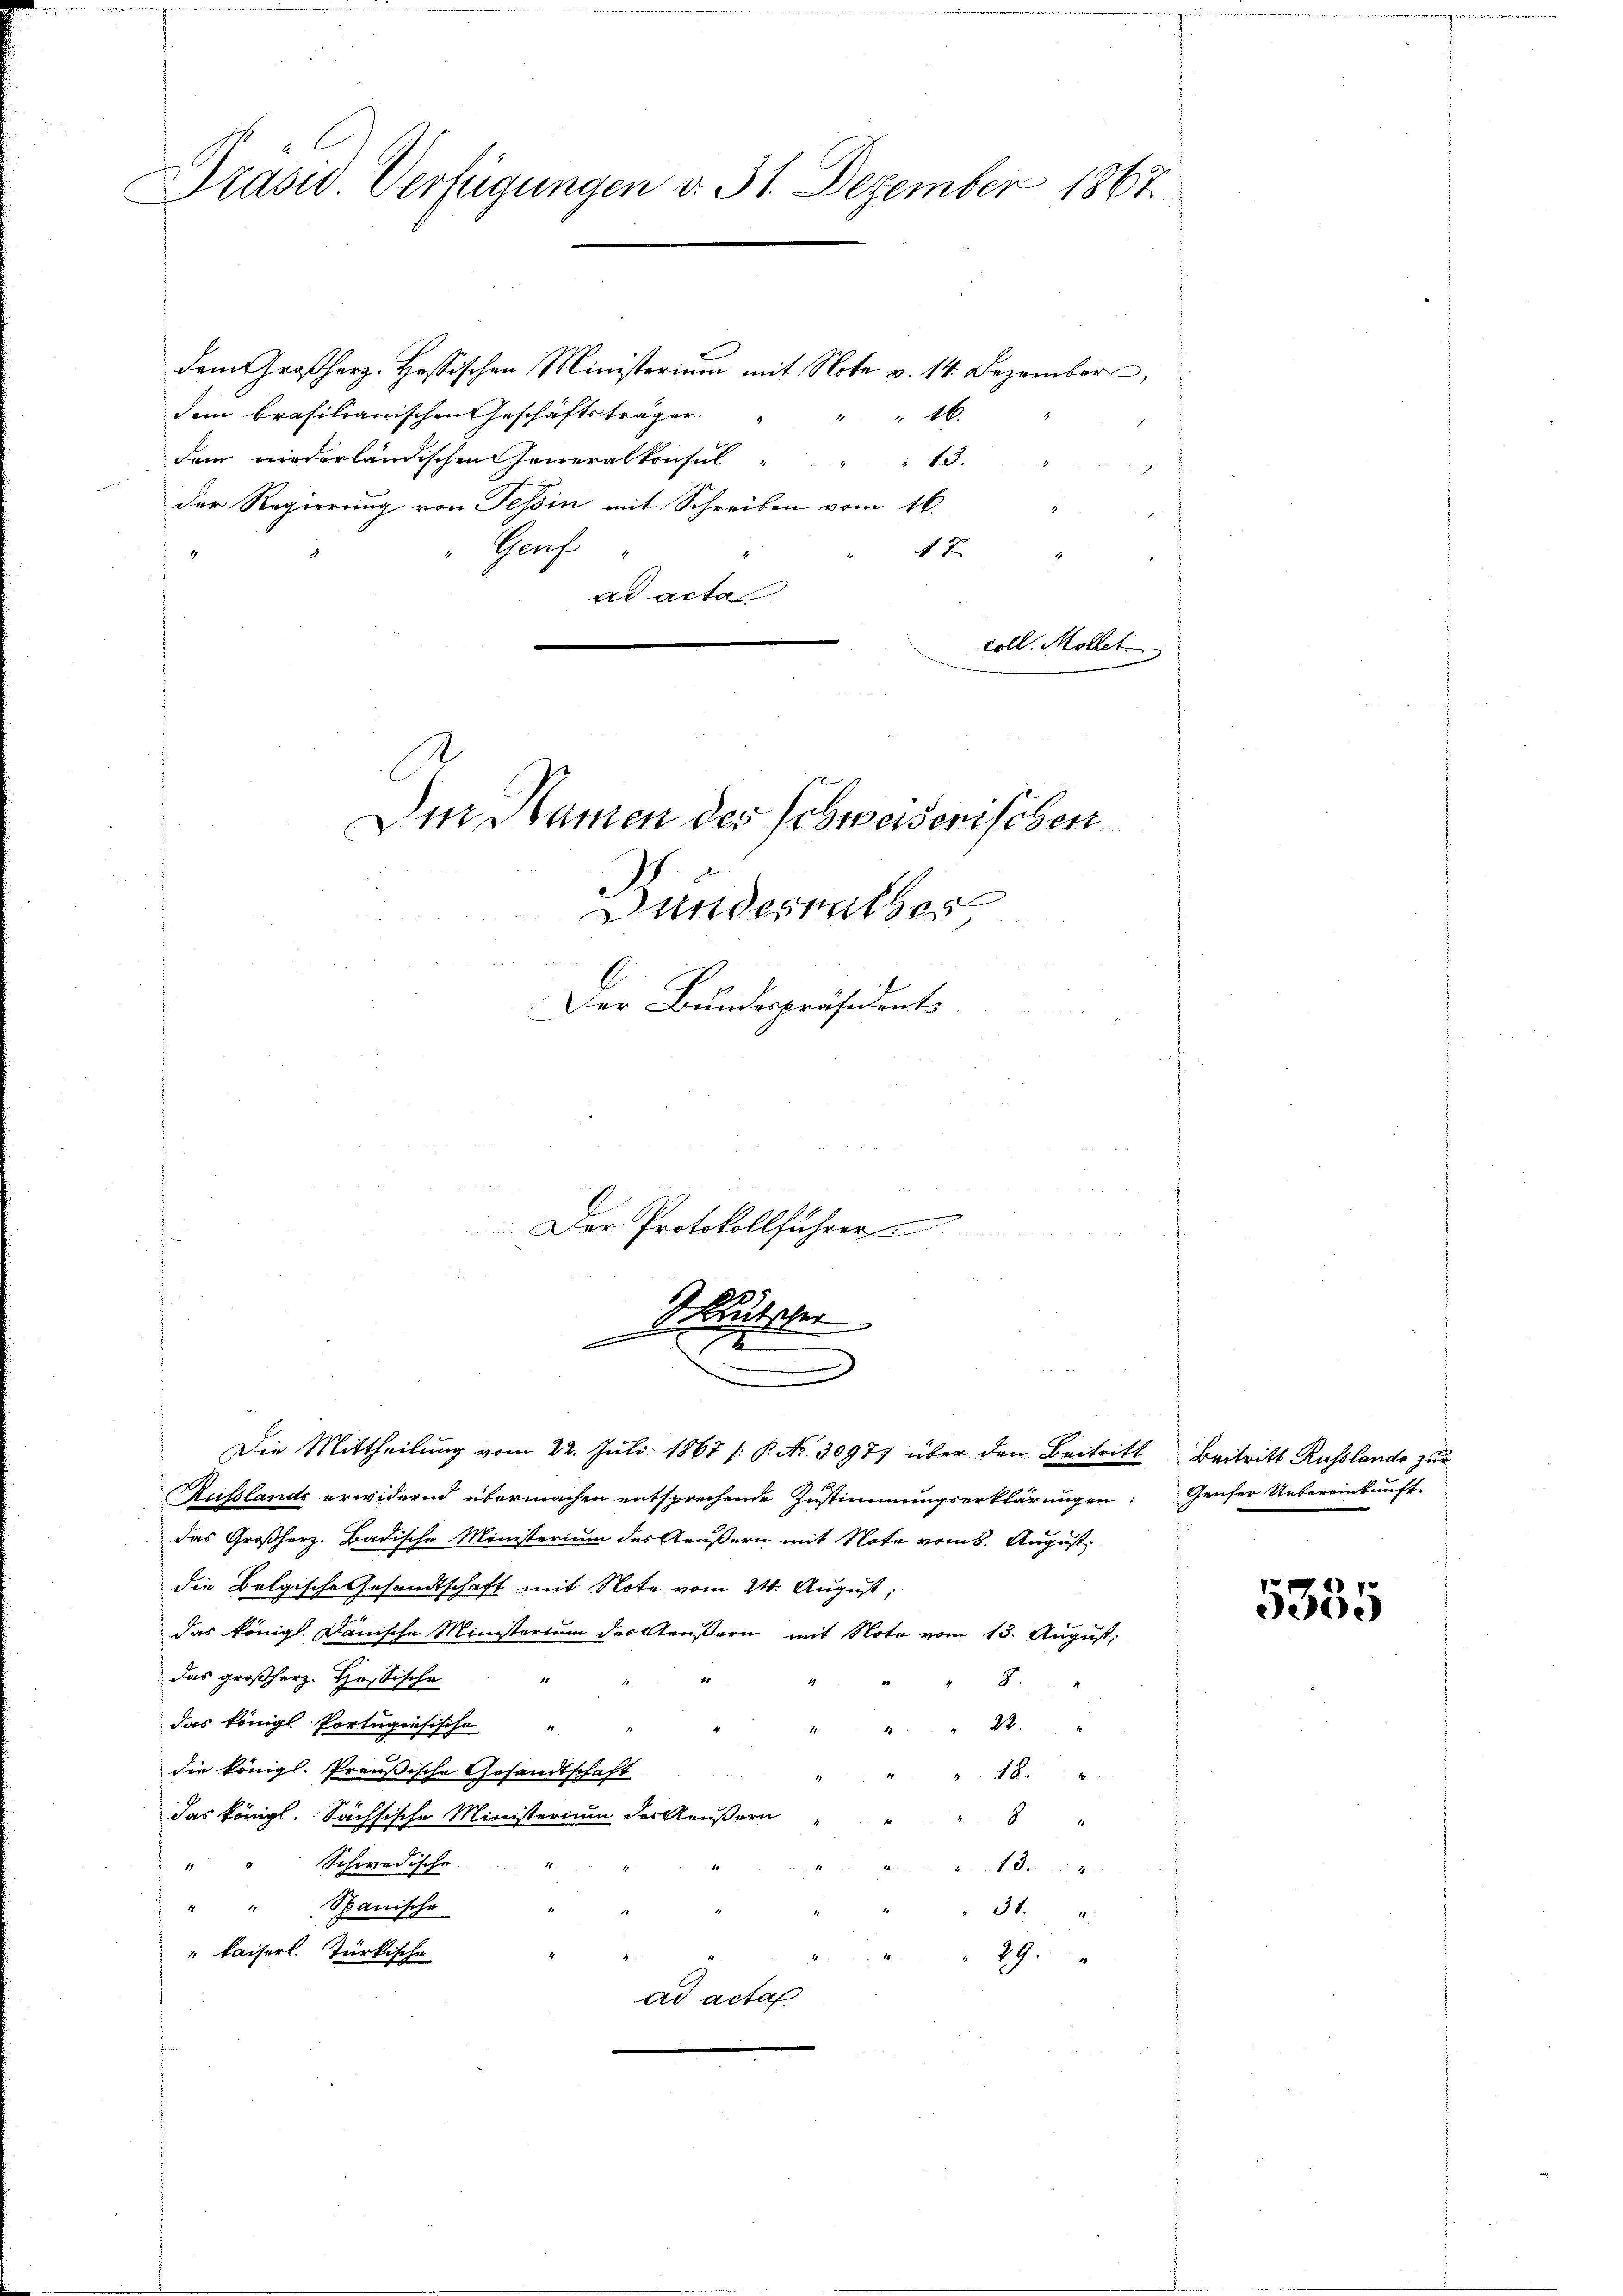
Präsu. Verfügungen d. 31. Dezember 1867.

dem Großherz. Hessischen Ministerium mit Note v. 14. Dezember,
dem brasilianischen Geschäftsträger
4x
dam niederländischen Generalkonsul " " " 13.
der Regierung von Tessin mit Schreiben vom 16.
Gruf
1x
4
.
ad acta
coll. Möller

Der Namen des Schweiserischen

andesrathes
Der Bundespräsident¬

Russlande erwidernd übermachen entsprechende Zustimmungserklärungen
das Großherz. Badische Ministerium des Aeußern mit Note vom 8. August.
die Belgische Gesandtschaft mit Note vom 24. August,
das königl. Danische Ministerium des Aeußern mit Note vom 13. August,
das großherz. Hesische
14.
4
8.
das königl Portugisische
2 84
die königl. Preußische Gesandtschaft
48
.
das königl. Sächsische Ministerium der Aeußern
 xx
Schwedische
11
18.
" " Spanische
3t.
" Kaiserl. Türkische
29.
ad acta

.
Der Protokollführer
Siehen

Die Mittheilŭng vom 22. Jŭli 1867 /: P. No. 30977 über den Beitritt Beitritt Russlande zŭr

e

Geufer Uebereinkunft.

5335